Punjab Mental Hospital Lahore 1922-31 - 1922-1931
Year: 1922
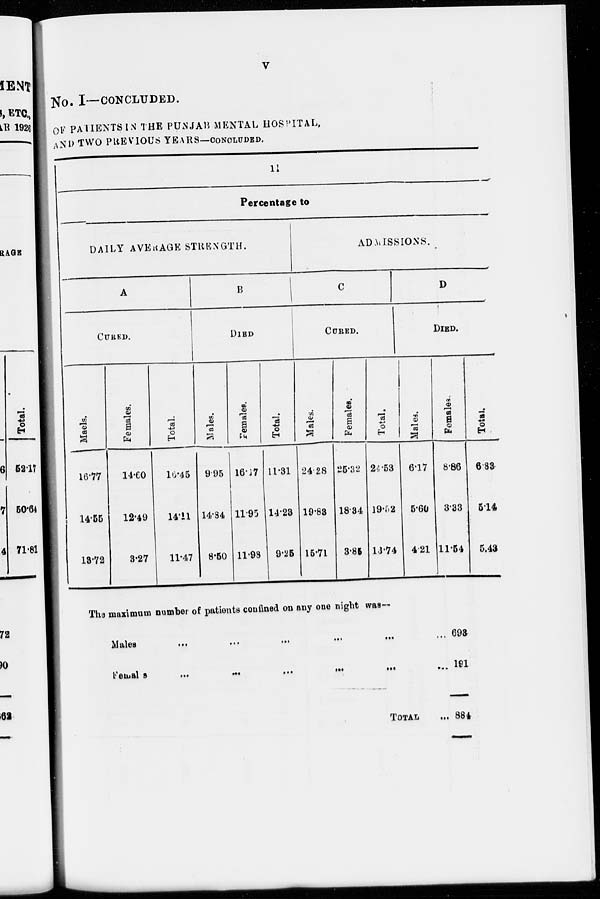
V
No. I—CONCLUDED.
OF PATIENTS IN THE PUNJAB MENTAL HOSPITAL,
AND TWO PREVIOUS YEARS—CONCLUDED.
11
Percentage to
DAILY AVERAGE STRENGTH.
A
CURED.
Maels.
16.77
14.55
13.72
Females.
14.60
12.49
3.27
Total.
16.45
14.11
11.47
B
DIED
Males.
9.95
14.84
8.50
Females.
16.17
11.95
11.98
Total.
11.31
14.23
9.25
ADMISSIONS.
C
CURED.
Males.
24.28
19.83
15.71
Females.
25.32
18.34
3.85
Total.
24.53
19.52
13.74
D
DIED.
Male.
6.17
5.60
4.21
Females.
8.86
3.33
11.54
Total.
6.83
5.14
5.43
The maximum number of patients confined on any one night was—
Males
...
...
...
...
...
...
...
Femals
...
...
...
...
...
...
...
TOTAL ...
698
191
884